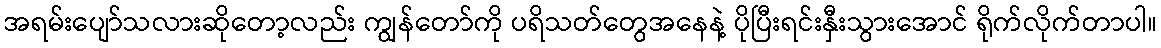
အရမ်းပျော်သလားဆိုတော့လည်း ကျွန်တော်ကို ပရိသတ်တွေအနေနဲ့ ပိုပြီးရင်းနှီးသွားအောင် ရိုက်လိုက်တာပါ။